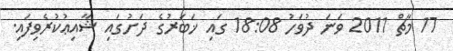
17 މާޗް 2011 ވަނަ ދުވަހު 18:08 ގައި ޚަބަރުގެ ދަށުގައި ޝާއިޢުކުރެވިފައި.